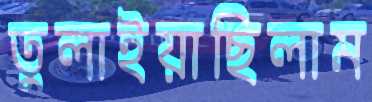
তুলাইয়াছিলাম